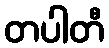
တပါတီ